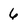
Character: 6